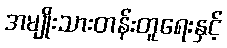
အမျိုးသားတန်းတူရေးနှင့်